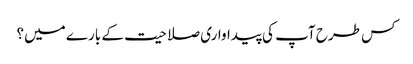
کس طرح آپ کی پیداواری صلاحیت کے بارے میں؟